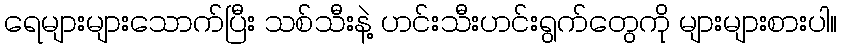
ရေများများသောက်ပြီး သစ်သီးနဲ့ ဟင်းသီးဟင်းရွက်တွေကို များများစားပါ။